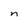
Character: n